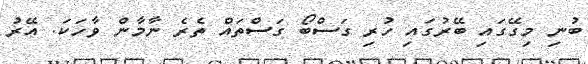
ބުނި މިގޭގައި ބޭރުގައި ހުރި ގަސްބޯ ގަސްތައް ތެރެ ނާމާން ވާހަކަ. އޭރު